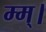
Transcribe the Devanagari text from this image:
म्म्।